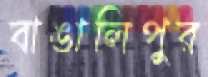
বাঙালিপুর